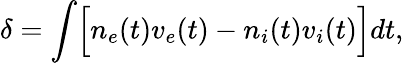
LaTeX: \delta=\int\Bigl[n_{e}(t)v_{e}(t)-n_{i}(t)v_{i}(t)\Bigr]dt,